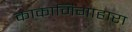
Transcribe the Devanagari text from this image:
काकामिगाहारा